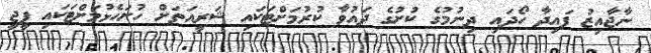
ނާޖާއިޒު ފައިދާ ހޯދައި ދިނުމުގެ ކުށުގެ ދައުވާ ކުރުމަށްޓަކައި ޝަރީއަތަށް ހުށަހެޅުމަށްޓަކައި ޕީޖީ